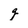
Character: q